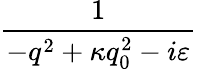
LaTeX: \frac{1}{-q^{2}+\kappa q_{0}^{2}-i\varepsilon}